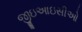
જીઇઆઇસીઓ